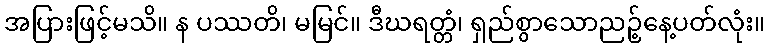
အပြားဖြင့်မသိ။ န ပဿတိ၊ မမြင်။ ဒီဃရတ္တံ၊ ရှည်စွာသောညဉ့်နေ့ပတ်လုံး။